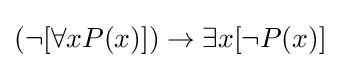
(\lnot [\forall xP(x)])\to \exists x[\lnot P(x)]